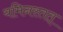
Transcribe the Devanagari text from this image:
यमिनस्तत्